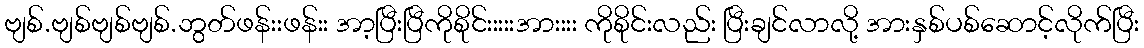
ဗျစ်.ဗျစ်ဗျစ်ဗျစ်.ဘွတ်ဖန်းးဖန်းး အာ့ပြီးပြီကိုစိုင်းးးးးအားးးး ကိုစိုင်းလည်း ပြီးချင်လာလို့ အားနှစ်ပစ်ဆောင့်လိုက်ပြီး